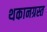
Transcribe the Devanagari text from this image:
थकानग्रस्त